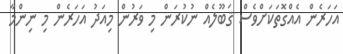
އަހަރެން އެއްގޮތަކަށްވެސް ޤަބޫލެއް ނުކުރަން މި ވަރުން މިއަދު އަހަރެން މި ނިންމާ